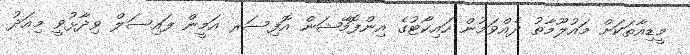
މީޑިއާތަކަށް މައުލޫމާތު ދެއްވަމުން ހައިކޯޓުގެ އިންފޮމޭޝަން އޮފިސަރ އަމީން ފައިސަލް ވިދާޅުވީ މިއަދު